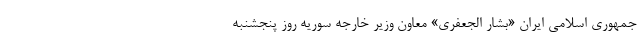
جمهوری اسلامی ایران «بشار الجعفری» معاون وزیر خارجه سوریه روز پنجشنبه